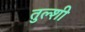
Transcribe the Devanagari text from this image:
तुल्शी